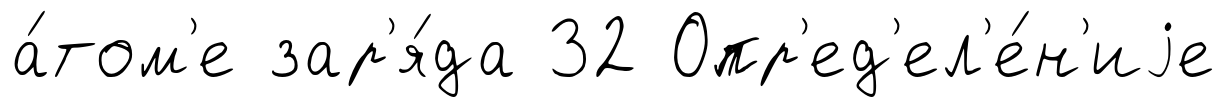
а́том'е зар'я́да 32 Опр'ед'ел'е́н'иjе